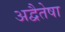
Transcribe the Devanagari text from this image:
अद्वैतेषा